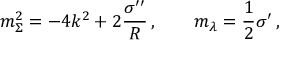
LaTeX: m _ { \Sigma } ^ { 2 } = - 4 k ^ { 2 } + 2 \frac { \sigma ^ { \prime \prime } } { R } \, , \qquad m _ { \lambda } = \frac { 1 } { 2 } \sigma ^ { \prime } \, ,